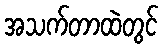
အသက်တာထဲတွင်